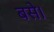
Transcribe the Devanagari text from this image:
बसेे।